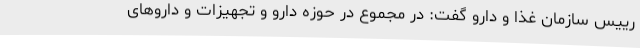
رییس سازمان غذا و دارو گفت: در مجموع در حوزه دارو و تجهیزات و داروهای